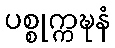
ပစ္စုက္ကဍ္ဎနံ